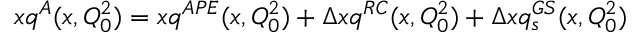
x q ^ { A } ( x , Q _ { 0 } ^ { 2 } ) = x q ^ { A P E } ( x , Q _ { 0 } ^ { 2 } ) + \Delta x q ^ { R C } ( x , Q _ { 0 } ^ { 2 } ) + \Delta x q _ { s } ^ { G S } ( x , Q _ { 0 } ^ { 2 } )